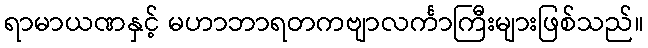
ရာမာယဏနှင့် မဟာဘာရတကဗျာလင်္ကာကြီးများဖြစ်သည်။